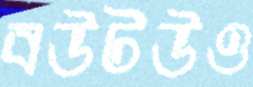
বউটউও